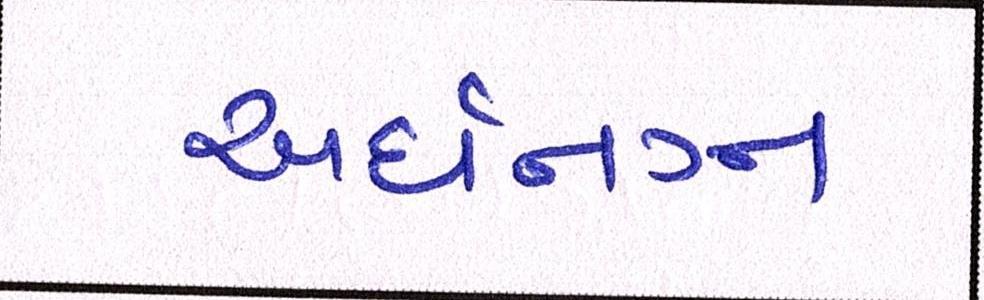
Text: અર્ધનગ્ન